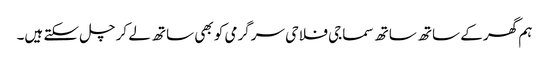
ہم گھر کے ساتھ ساتھ سماجی فلاحی سرگرمی کو بھی ساتھ لے کر چل سکتے ہیں۔